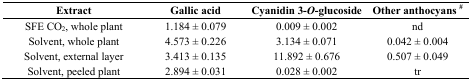
| Extract | Gallic acid | Cyanidin 3-O-glucoside | Other anthocyans # |
 | --- | --- | --- | --- |
 | SFE CO2, whole plant | 1.184 ± 0.079 | 0.009 ± 0.002 | nd |
 | Solvent, whole plant | 4.573 ± 0.226 | 3.134 ± 0.071 | 0.042 ± 0.004 |
 | Solvent, external layer | 3.413 ± 0.135 | 11.892 ± 0.676 | 0.507 ± 0.049 |
 | Solvent, peeled plant | 2.894 ± 0.031 | 0.028 ± 0.002 | tr |